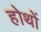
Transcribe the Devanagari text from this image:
होथों